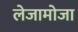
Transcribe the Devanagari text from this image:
लेजामोजा